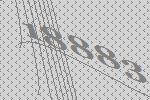
18883